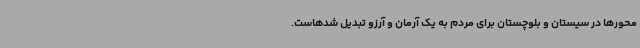
محورها در سیستان و بلوچستان برای مردم به یک آرمان و آرزو تبدیل شدهاست.